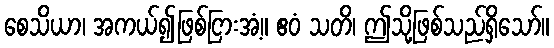
စေသိယာ၊ အကယ်၍ဖြစ်ငြားအံ့။ ဧဝံ သတိ၊ ဤသို့ဖြစ်သည်ရှိသော်။